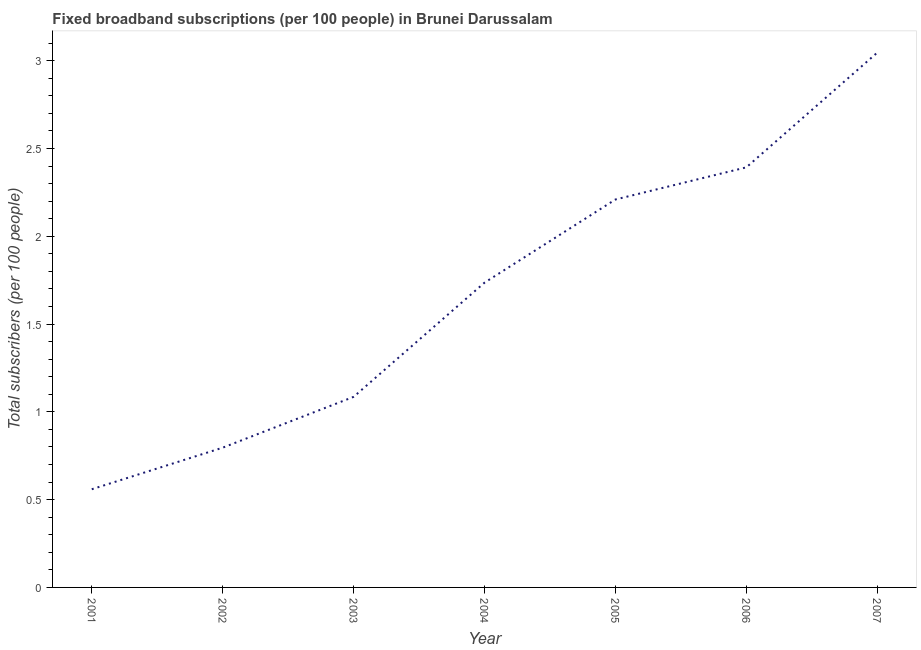
| Year | Fixed broadband subscriptions (per 100 people) |
 | --- | --- |
 | 2001 | 0.559 |
 | 2002 | 0.796 |
 | 2003 | 1.09 |
 | 2004 | 1.74 |
 | 2005 | 2.21 |
 | 2006 | 2.39 |
 | 2007 | 3.05 |